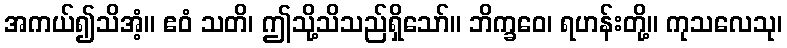
အကယ်၍သိအံ့။ ဧဝံ သတိ၊ ဤသို့သိသည်ရှိသော်။ ဘိက္ခဝေ၊ ရဟန်းတို့။ ကုသလေသု၊